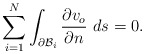
\begin{align*}\sum_{i=1}^N\int_{\partial\mathcal{B}_i}\frac{\partial v_o}{\partial n}~ds=0.\end{align*}